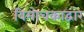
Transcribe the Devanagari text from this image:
विमोचकाद्वारे